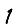
Digit: 1